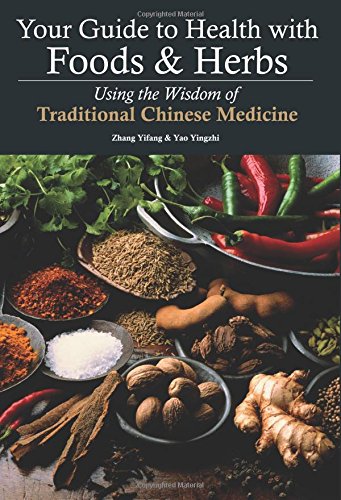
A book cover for Your Guide to Health with Foods & Herbs: Using the Wisdom of Traditional Chinese Medicine; Zhang Yifang; Health, Fitness & Dieting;